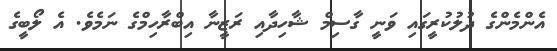
އެންމެންގެ ދުލުކުރީގައި ވަނީ ގާސިމް ޝާހިދާއި ރަޒީނާ އިބްރާހިމްގެ ނަމެވެ. އެ ލޯބީގެ